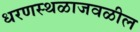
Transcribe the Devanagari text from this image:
धरणस्थळाजवळील